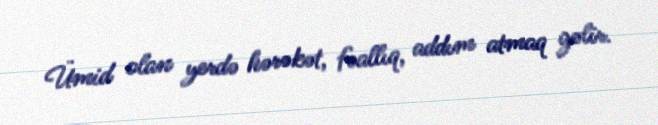
Ümid olan yerdə hərəkət, fəallıq, addım atmaq gəlir.